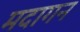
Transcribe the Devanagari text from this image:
मदागन